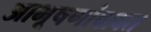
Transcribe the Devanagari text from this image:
आभूषणांबाबत